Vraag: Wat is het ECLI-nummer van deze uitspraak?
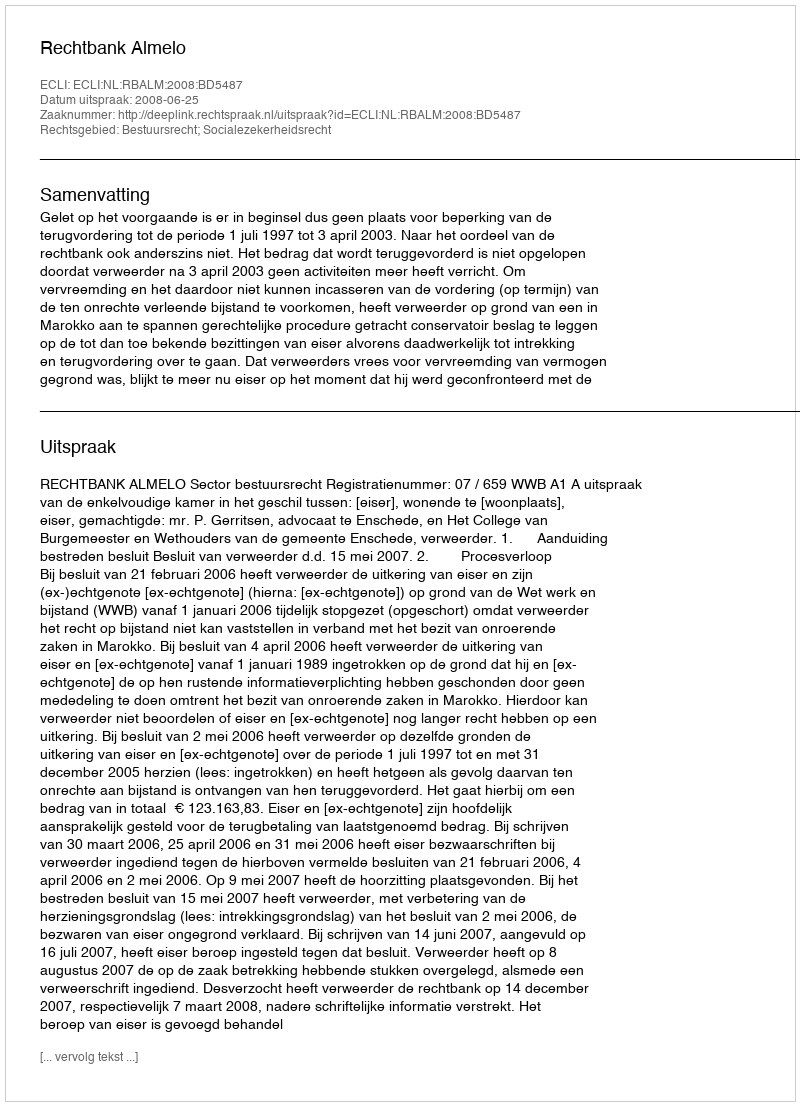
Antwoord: ECLI:NL:RBALM:2008:BD5487